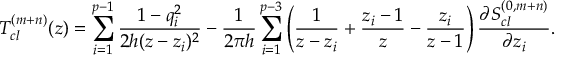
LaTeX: T _ { c l } ^ { ( m + n ) } ( z ) = \sum _ { i = 1 } ^ { p - 1 } { \frac { 1 - q _ { i } ^ { 2 } } { 2 h ( z - z _ { i } ) ^ { 2 } } } - { \frac { 1 } { 2 \pi h } } \sum _ { i = 1 } ^ { p - 3 } \left( { \frac { 1 } { z - z _ { i } } } + { \frac { z _ { i } - 1 } { z } } - { \frac { z _ { i } } { z - 1 } } \right) { \frac { \partial S _ { c l } ^ { ( 0 , m + n ) } } { \partial z _ { i } } } .